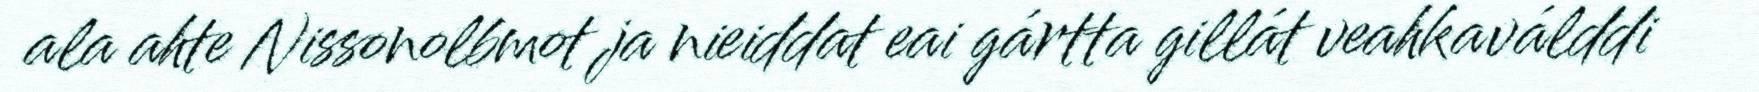
ala ahte Nissonolbmot ja nieiddat eai gártta gillát veahkaválddi